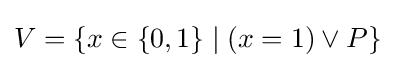
V=\{x\in \{0,1\}\mid (x=1)\lor P\}